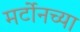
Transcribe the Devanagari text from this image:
मर्टोनच्या